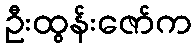
ဦးထွန်းဇော်က